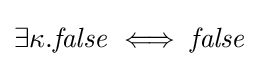
\exists \kappa .{\mathit {false}}\iff {\mathit {false}}